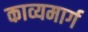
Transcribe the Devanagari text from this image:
काव्यमार्ग